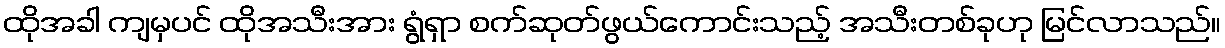
ထိုအခါ ကျမှပင် ထိုအသီးအား ရွံရှာ စက်ဆုတ်ဖွယ်ကောင်းသည့် အသီးတစ်ခုဟု မြင်လာသည်။